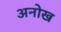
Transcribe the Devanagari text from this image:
अनोख